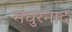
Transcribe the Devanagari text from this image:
मधुरनाद